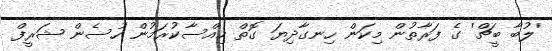
'ލުބާ ބީޗް' ގެ ފަރާތުން މިކަން ހިނގާދިޔަ ގޮތް ހިއްސާކުރަމުން ހުސެން ޝަރީފް